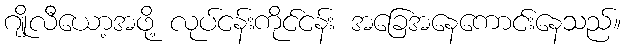
ဂျိုလီယော့အဖို့ လုပ်ငန်းကိုင်ငန်း အခြေအနေကောင်းနေသည်။